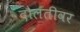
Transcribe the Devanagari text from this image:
दौलतीवर